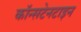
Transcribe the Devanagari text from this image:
कॉन्सटेनटाइन